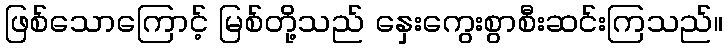
ဖြစ်သောကြောင့် မြစ်တို့သည် နှေးကွေးစွာစီးဆင်းကြသည်။